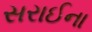
સરાઈના